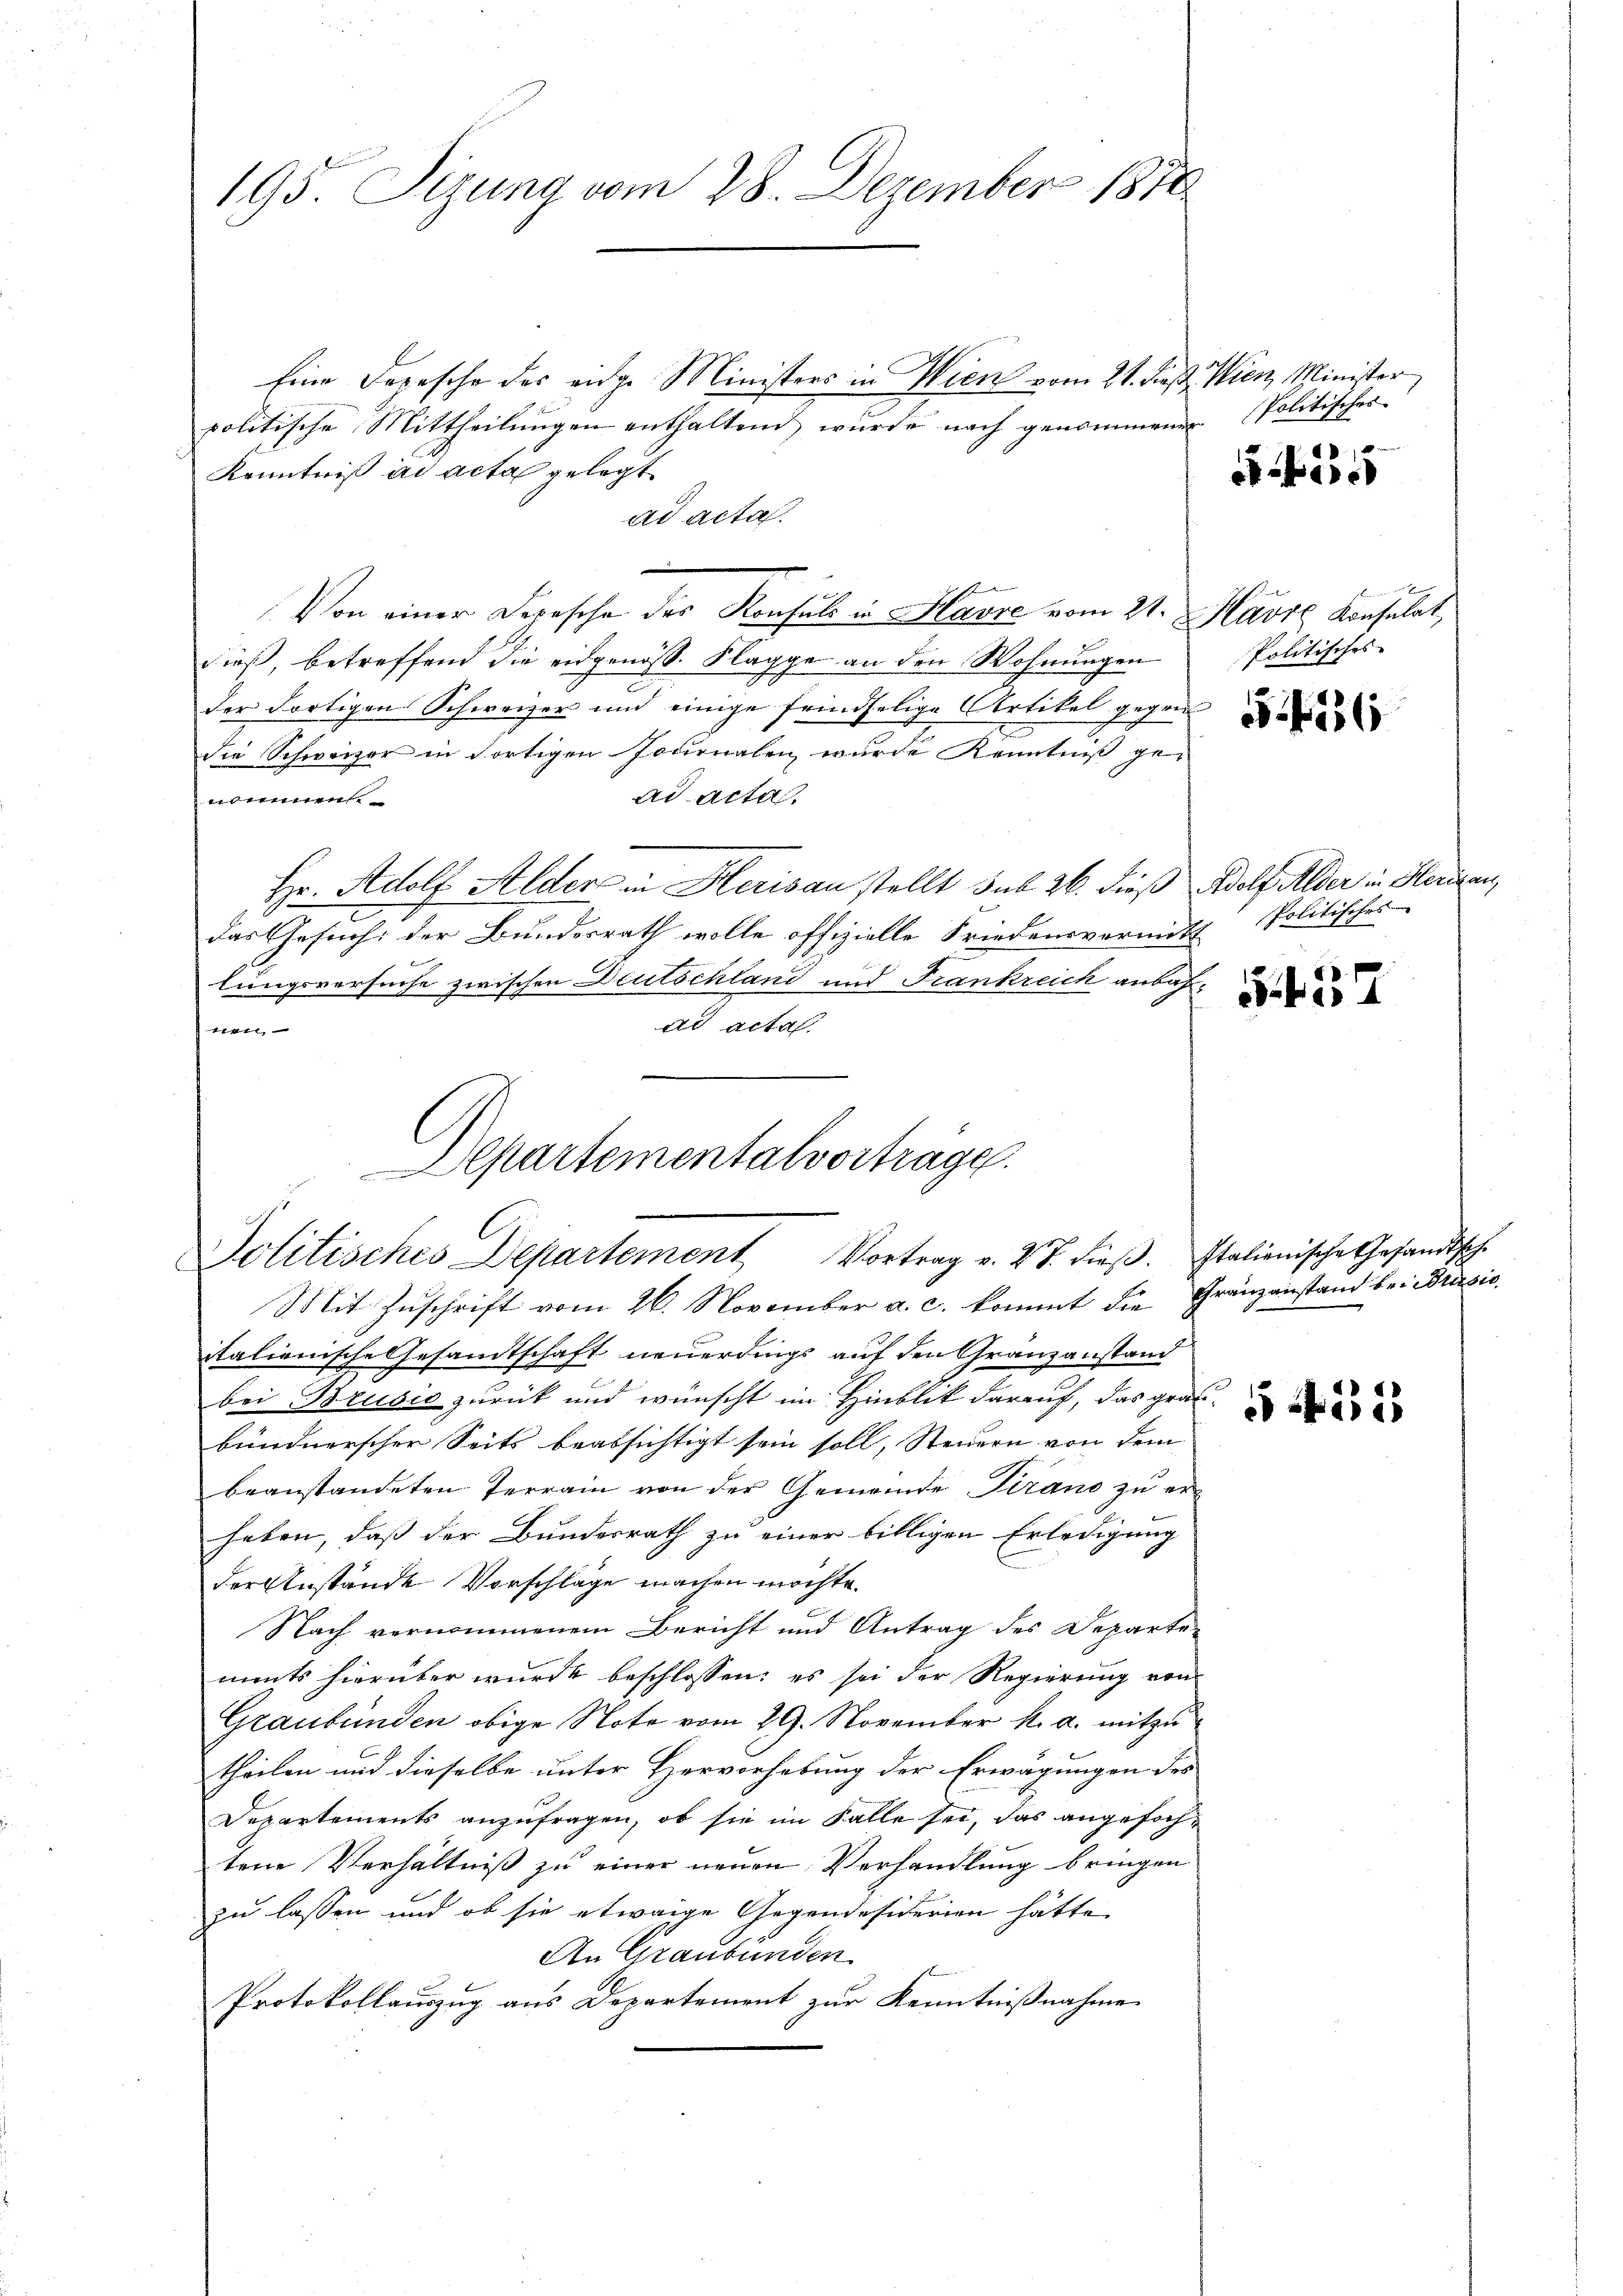
195. Sizung vom 28. Dezember 1870

Eine Depesche des ange Ministers in Wien vom 21. dieß. Wien Minister
politische Mittheilŭngen enthaltend wurde nach genommenen Politisches
Kenntniß ad acta gelegt
ad acta.
n
Von einer Depesche des Konsuls in Havre vom 21. Marie Konsulat
hieß, betreffend die eidgenöss. Klagge an den Wohnungen
der dortigen Schweizer und einige feindselige Artikel gegen
die Schweizer in dortigen Journalen wurde Kenntniß gead acta.
nommen.
Hr. Adolf Alder in Herisau stellt sub 26. dieß
das Gesuch der Bundesrath wolle offizielle Friedensvermitt
lungsversuche zwischen Deutschland und Frankreich anbafad acta.
ktl

Departementalverträge.
Politisches Departement Vortrag v. 27. dieβ. Italienische Gesandtsch.

Mit Zuschrift vom 26. November a. c. kommt die Gränzanstand bei Brusio
italienische Gesamtschaft neuerdings auf den Granzanstand
bei Brusio zurück und wünscht im Hinblik darauf, das grau-
bündnerscher Seits beabsichtigt sein soll, Steuern von dem
beanstandeten Terrain von der Gemeinde Tirano zu erheben, daß der Bundesrath zu einer billigen Erledigung
der Anstände Vorschläge machen möchte.
Nach vernommenem Bericht und Antrag des Departe
ments hierüber wurde beschlossen: es sei der Regierung von
Graubünden obige Note vom 29. November k. a. mitzutheilen und dieselbe unter Hervorhebung der Erwägungen des
Departements anzufragen, ob sie im Falle sei, das angefochtene Verhältniß zu einer neuen Verhandlung bringen
zu lassen und ob sie etwaige Gegendesiderien hätte
An Graubünden.
Protokollauszug aus Departement zur Kenntnißnahme

1
e

Politisches

536

Adolf Alder in Herisau,
Politisches

557

232